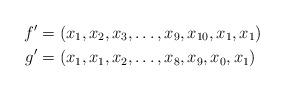
LaTeX: \begin{align*}f' &= (x_1, x_2, x_3, \dots, x_9, x_{10}, x_1, x_1) \\g' &= (x_1, x_1, x_2, \dots, x_8, x_9, x_0, x_1)\end{align*}